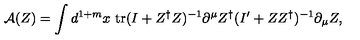
\mathrm { \cal { A } } ( Z ) = \int d ^ { 1 + m } x \ \mathrm { t r } ( I + Z ^ { \dag } Z ) ^ { - 1 } \partial ^ { \mu } Z ^ { \dag } ( I ^ { \prime } + Z Z ^ { \dag } ) ^ { - 1 } \partial _ { \mu } Z ,